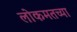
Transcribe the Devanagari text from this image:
लोकमतच्या